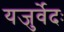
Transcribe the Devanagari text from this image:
यजुर्वेदः